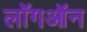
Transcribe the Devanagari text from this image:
लॉगऑन